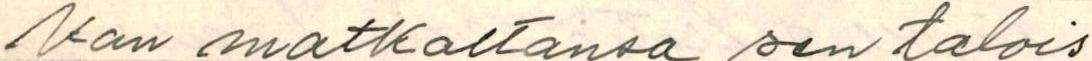
kan matkaltansa sen talois